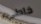
خاطىء